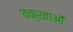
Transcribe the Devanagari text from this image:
वक्रताओं